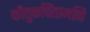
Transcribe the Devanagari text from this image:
कौतुकचिंतामणि